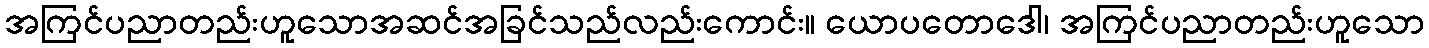
အကြင်ပညာတည်းဟူသောအဆင်အခြင်သည်လည်းကောင်း။ ယောပတောဒေါ၊ အကြင်ပညာတည်းဟူသော